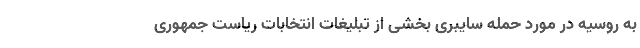
به روسیه در مورد حمله سایبری بخشی از تبلیغات انتخابات ریاست جمهوری